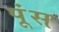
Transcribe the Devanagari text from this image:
पूंस